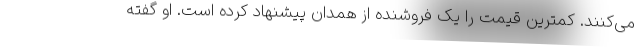
می‌کنند. کمترین قیمت را یک فروشنده از همدان پیشنهاد کرده است. او گفته